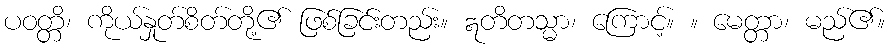
ပဝတ္တိ၊ ကိုယ်နှုတ်စိတ်တို့၏ ဖြစ်ခြင်းတည်း။ ဣတိတသ္မာ၊ ကြောင့်။ ။ မေတ္တာ၊ မည်၏။